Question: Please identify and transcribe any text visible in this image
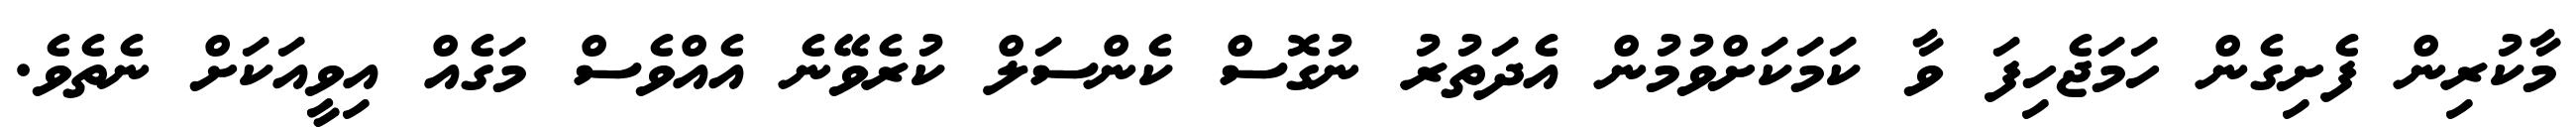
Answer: މާކުރިން ފެށިގެން ހަމަޖެހިފަ ވާ ކަމަކަށްވުމުން އެދަތުރު ނުގޮސް ކެންސަލް ކުރެވޭނެ އެއްވެސް މަގެއް އިވީއަކަށް ނެތެވެ.